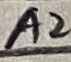
Text: A2